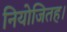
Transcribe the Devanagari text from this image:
नियोजितह।